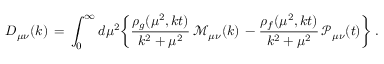
D _ { \mu \nu } ( k ) \, = \, \int _ { 0 } ^ { \infty } d \mu ^ { 2 } \bigg \{ \frac { \rho _ { g } ( \mu ^ { 2 } , k t ) } { k ^ { 2 } + \mu ^ { 2 } } \, { \mathcal M } _ { \mu \nu } ( k ) \, - \frac { \rho _ { f } ( \mu ^ { 2 } , k t ) } { k ^ { 2 } + \mu ^ { 2 } } \, { \mathcal P } _ { \mu \nu } ( t ) \bigg \} \; .